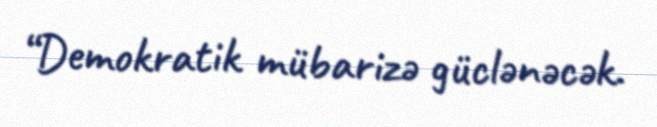
“Demokratik mübarizə güclənəcək.